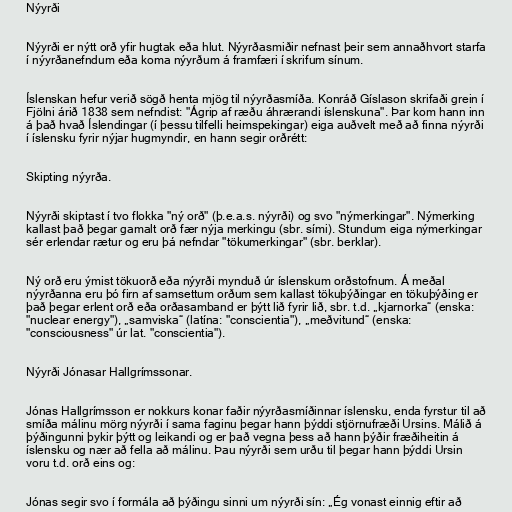
Nýyrði

Nýyrði er nýtt orð yfir hugtak eða hlut. Nýyrðasmiðir nefnast þeir sem annaðhvort starfa
í nýyrðanefndum eða koma nýyrðum á framfæri í skrifum sínum.

Íslenskan hefur verið sögð henta mjög til nýyrðasmíða. Konráð Gíslason skrifaði grein í
Fjölni árið 1838 sem nefndist: "Ágrip af ræðu áhrærandi íslenskuna". Þar kom hann inn
á það hvað Íslendingar (í þessu tilfelli heimspekingar) eiga auðvelt með að finna nýyrði
í íslensku fyrir nýjar hugmyndir, en hann segir orðrétt:

Skipting nýyrða.

Nýyrði skiptast í tvo flokka "ný orð" (þ.e.a.s. nýyrði) og svo "nýmerkingar". Nýmerking
kallast það þegar gamalt orð fær nýja merkingu (sbr. sími). Stundum eiga nýmerkingar
sér erlendar rætur og eru þá nefndar "tökumerkingar" (sbr. berklar).

Ný orð eru ýmist tökuorð eða nýyrði mynduð úr íslenskum orðstofnum. Á meðal
nýyrðanna eru þó firn af samsettum orðum sem kallast tökuþýðingar en tökuþýðing er
það þegar erlent orð eða orðasamband er þýtt lið fyrir lið, sbr. t.d. „kjarnorka“ (enska:
"nuclear energy"), „samviska“ (latína: "conscientia"), „meðvitund“ (enska:
"consciousness" úr lat. "conscientia").

Nýyrði Jónasar Hallgrímssonar.

Jónas Hallgrímsson er nokkurs konar faðir nýyrðasmíðinnar íslensku, enda fyrstur til að
smíða málinu mörg nýyrði í sama faginu þegar hann þýddi stjörnufræði Ursins. Málið á
þýðingunni þykir þýtt og leikandi og er það vegna þess að hann þýðir fræðiheitin á
íslensku og nær að fella að málinu. Þau nýyrði sem urðu til þegar hann þýddi Ursin
voru t.d. orð eins og:

Jónas segir svo í formála að þýðingu sinni um nýyrði sín: „Ég vonast einnig eftir að